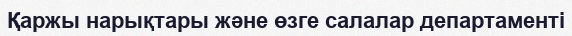
Қаржы нарықтары және өзге салалар департаменті